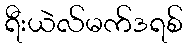
ရီးယဲလ်မက်ဒရစ်